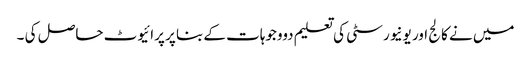
میں نے کالج اور یونیورسٹی کی تعلیم دووجوہات کے بنا پر پرائیوٹ حاصل کی ۔